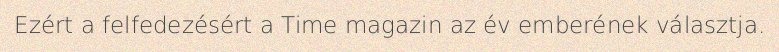
Ezért a felfedezésért a Time magazin az év emberének választja.